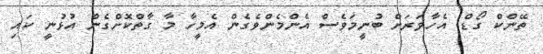
ތޭންކް ގޯޑް. އެހާވަރަށް ބުނީމަވެސް އެންމެންވެގެން އެމީހާ މާ ގާތްކޮށްގެން އުޅުނީ ކައި